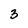
Character: 3